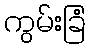
ကွမ်းခြံ